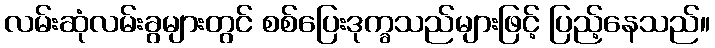
လမ်းဆုံလမ်းခွများတွင် စစ်ပြေးဒုက္ခသည်များဖြင့် ပြည့်နေသည်။